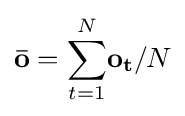
\mathbf {\bar {o}} ={\sum _{t=1}^{N}}\mathbf {o_{t}} /N